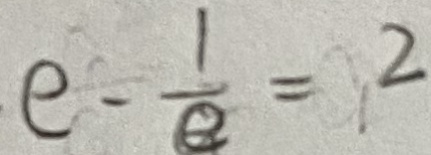
e - \frac { 1 } { e } = 2